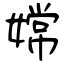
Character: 嫦